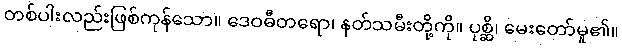
တစ်ပါးလည်းဖြစ်ကုန်သော။ ဒေဝဓီတရော၊ နတ်သမီးတို့ကို။ ပုစ္ဆိ၊ မေးတော်မူ၏။